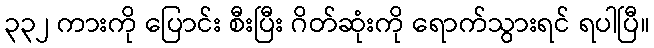
၃၃၂ ကားကို ပြောင်း စီးပြီး ဂိတ်ဆုံးကို ရောက်သွားရင် ရပါပြီ။